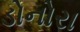
ડોનોરા